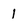
Character: 1